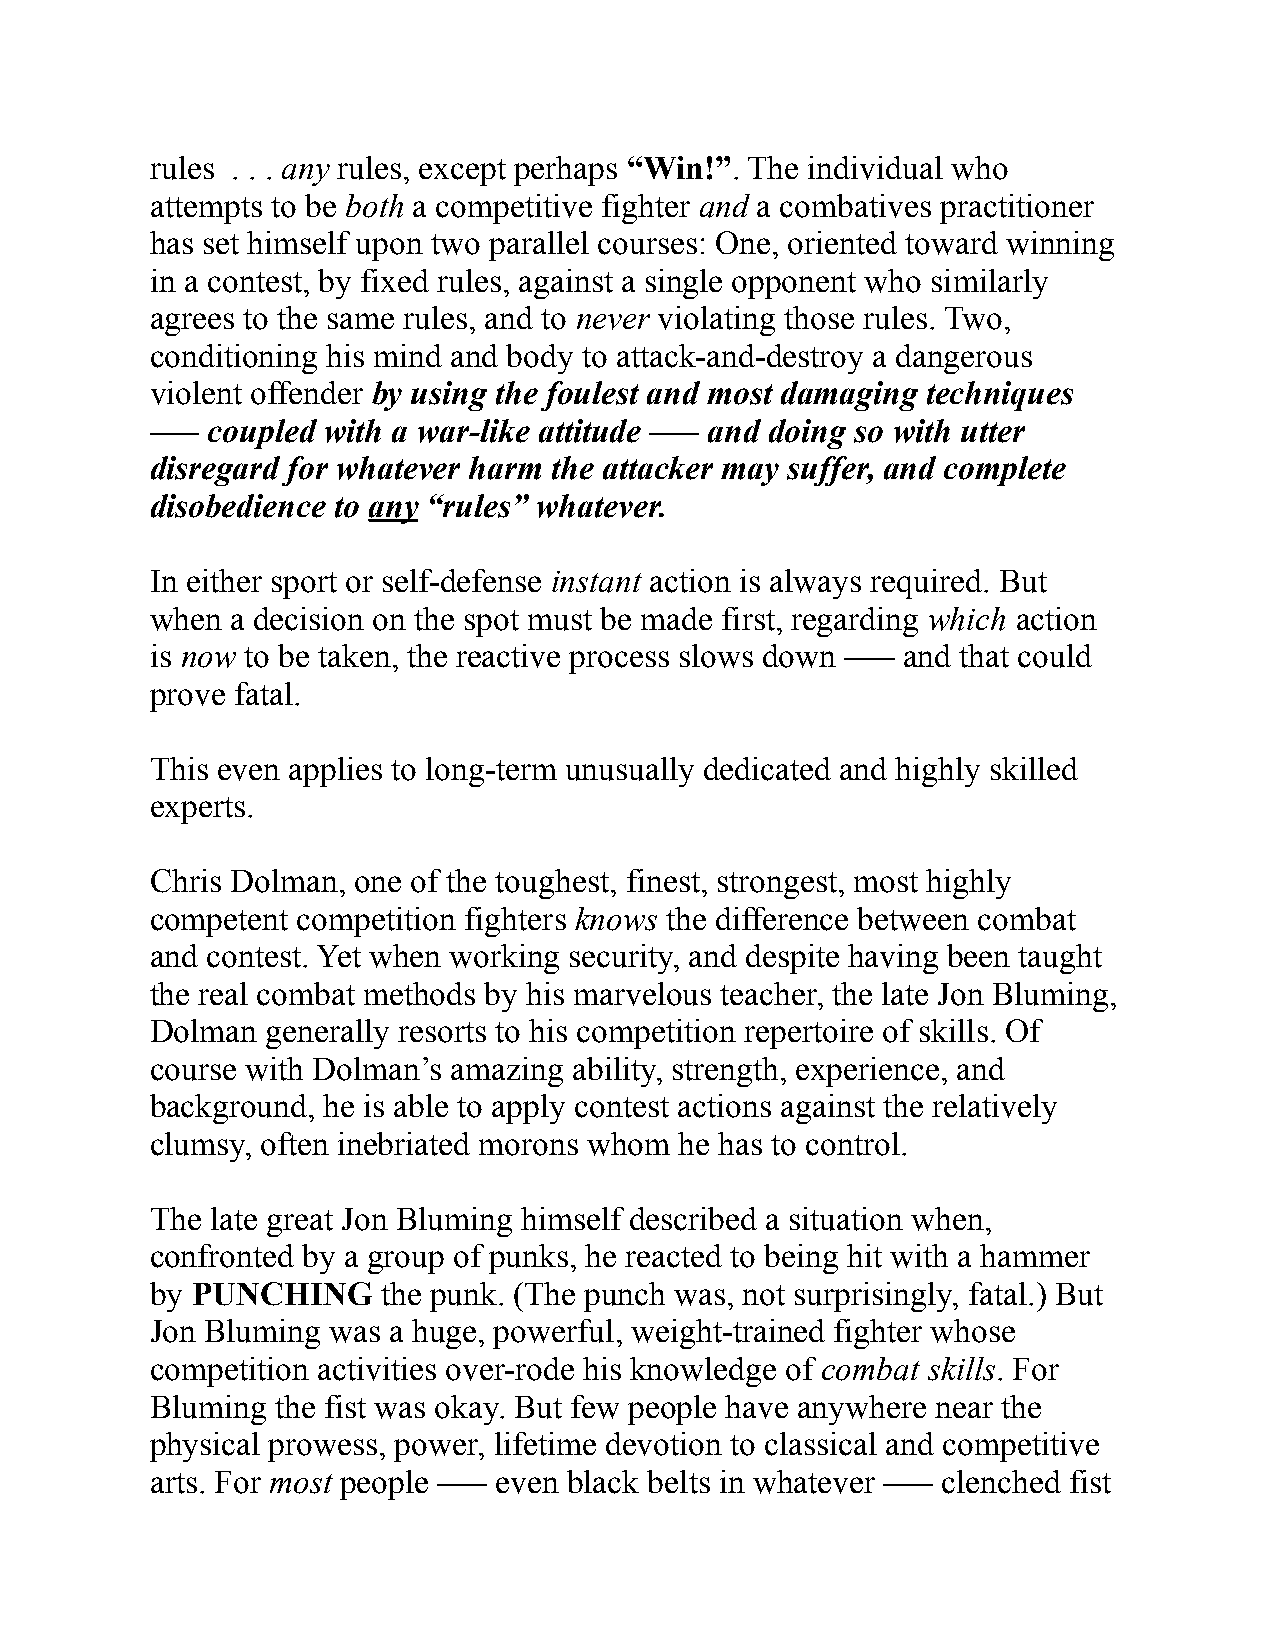
rules . . . any rules, except perhaps “Win!”. The individual who
 attempts to be both a competitive fighter and a combatives practitioner
 has set himself upon two parallel courses: One, oriented toward winning
 in a contest, by fixed rules, against a single opponent who similarly
 agrees to the same rules, and to never violating those rules. Two,
 conditioning his mind and body to attack-and-destroy a dangerous
 violent offender by using the foulest and most damaging techniques
 ––– coupled with a war-like attitude ––– and doing so with utter
 disregard for whatever harm the attacker may suffer, and complete
 disobedience to any “rules” whatever.
 In either sport or self-defense instant action is always required. But
 when a decision on the spot must be made first, regarding which action
 is now to be taken, the reactive process slows down ––– and that could
 prove fatal.
 This even applies to long-term unusually dedicated and highly skilled
 experts.
 Chris Dolman, one of the toughest, finest, strongest, most highly
 competent competition fighters knows the difference between combat
 and contest. Yet when working security, and despite having been taught
 the real combat methods by his marvelous teacher, the late Jon Bluming,
 Dolman  generally resorts to his competition repertoire of skills. Of
 course with Dolman’s amazing ability, strength, experience, and
 background, he is able to apply contest actions against the relatively
 clumsy, often inebriated morons whom he has to control.
 The late great Jon Bluming himself described a situation when,
 confronted by a group of punks, he reacted to being hit with a hammer
 by PUNCHING    the punk. (The punch was, not surprisingly, fatal.) But
 Jon Bluming was a huge, powerful, weight-trained fighter whose
 competition activities over-rode his knowledge of combat skills. For
 Bluming the fist was okay. But few people have anywhere near the
 physical prowess, power, lifetime devotion to classical and competitive
 arts. For most people ––– even black belts in whatever ––– clenched fist